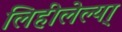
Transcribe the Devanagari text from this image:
लिहीलेल्या्